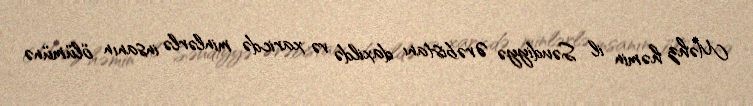
Məhz həmin il Səudiyyə Ərəbistanı daxildə və xaricdə minlərlə insanın ölümünə